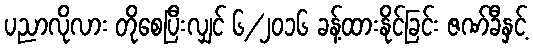
ပညာလိုလား တိုစေပြီးလျှင် ၆/၂၀၁၆ ခန့်ထားနိုင်ခြင်း ဇဏ်ခီနှင့်